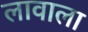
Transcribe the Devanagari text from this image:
लावाला